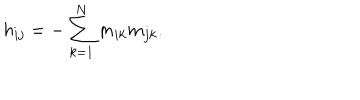
LaTeX: h _ { i j } = - \sum _ { k = 1 } ^ { N } m _ { i k } m _ { j k } .